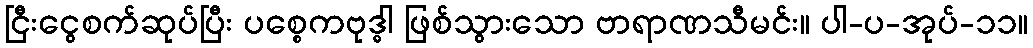
ငြီးငွေစက်ဆုပ်ပြီး ပစ္စေကဗုဒ္ဓါ ဖြစ်သွားသော ဗာရာဏသီမင်း။ ပါ-ပ-အုပ်-၁၁။